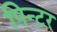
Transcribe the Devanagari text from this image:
पिन्टर